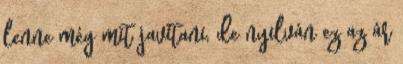
lenne még mit javítani, de nyilván ez az ár